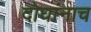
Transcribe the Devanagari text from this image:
दोघांनाच